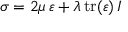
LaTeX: \, \, { \boldsymbol { \sigma } } = 2 \mu \, { \boldsymbol { \varepsilon } } + \lambda \, { \mathrm { t r } } ( { \boldsymbol { \varepsilon } } ) \, { \boldsymbol { I } } \,